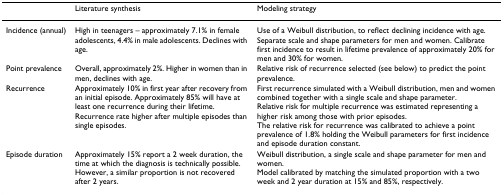
<table><thead><tr><td></td><td><b>Literature synthesis</b></td><td><b>Modeling strategy</b></td></tr></thead><tbody><tr><td>Incidence (annual)</td><td>High in teenagers – approximately 7.1% in female adolescents, 4.4% in male adolescents. Declines with age.</td><td>Use of a Weibull distribution, to reflect declining incidence with age. Separate scale and shape parameters for men and women. Calibrate first incidence to result in lifetime prevalence of approximately 20% for men and 30% for women.</td></tr><tr><td>Point prevalence</td><td>Overall, approximately 2%. Higher in women than in men, declines with age.</td><td>Relative risk of recurrence selected (see below) to predict the point prevalence.</td></tr><tr><td>Recurrence</td><td>Approximately 10% in first year after recovery from an initial episode. Approximately 85% will have at least one recurrence during their lifetime. Recurrence rate higher after multiple episodes than single episodes.</td><td>First recurrence simulated with a Weibull distribution, men and women combined together with a single scale and shape parameter.Relative risk for multiple recurrence was estimated representing a higher risk among those with prior episodes.The relative risk for recurrence was calibrated to achieve a point prevalence of 1.8% holding the Weibull parameters for first incidence and episode duration constant.</td></tr><tr><td>Episode duration</td><td>Approximately 15% report a 2 week duration, the time at which the diagnosis is technically possible. However, a similar proportion is not recovered after 2 years.</td><td>Weibull distribution, a single scale and shape parameter for men and women.Model calibrated by matching the simulated proportion with a two week and 2 year duration at 15% and 85%, respectively.</td></tr></tbody></table>